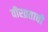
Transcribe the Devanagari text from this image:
वीरव्रताची